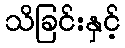
သိခြင်းနှင့်